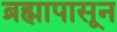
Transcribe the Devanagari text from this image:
ब्रह्मापासून